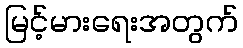
မြင့်မားရေးအတွက်